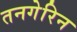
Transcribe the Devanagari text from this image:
तनगेरिन